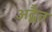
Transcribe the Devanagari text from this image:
अद्बैत